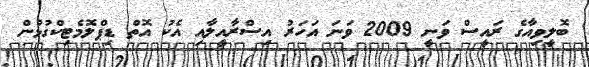
ބޮލީވިއާގެ ރައީސް ވަނީ 2009 ވަނަ އަހަރު އިސްރާއީލާއި އެކު އޮތް ޑިޕްލޮމެޓިކްގުޅުން